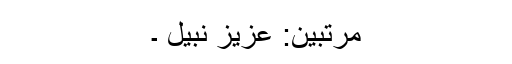
مرتّبین: عزیز نبیلؔ ۔